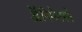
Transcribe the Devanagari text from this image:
ॲनिमेटरने